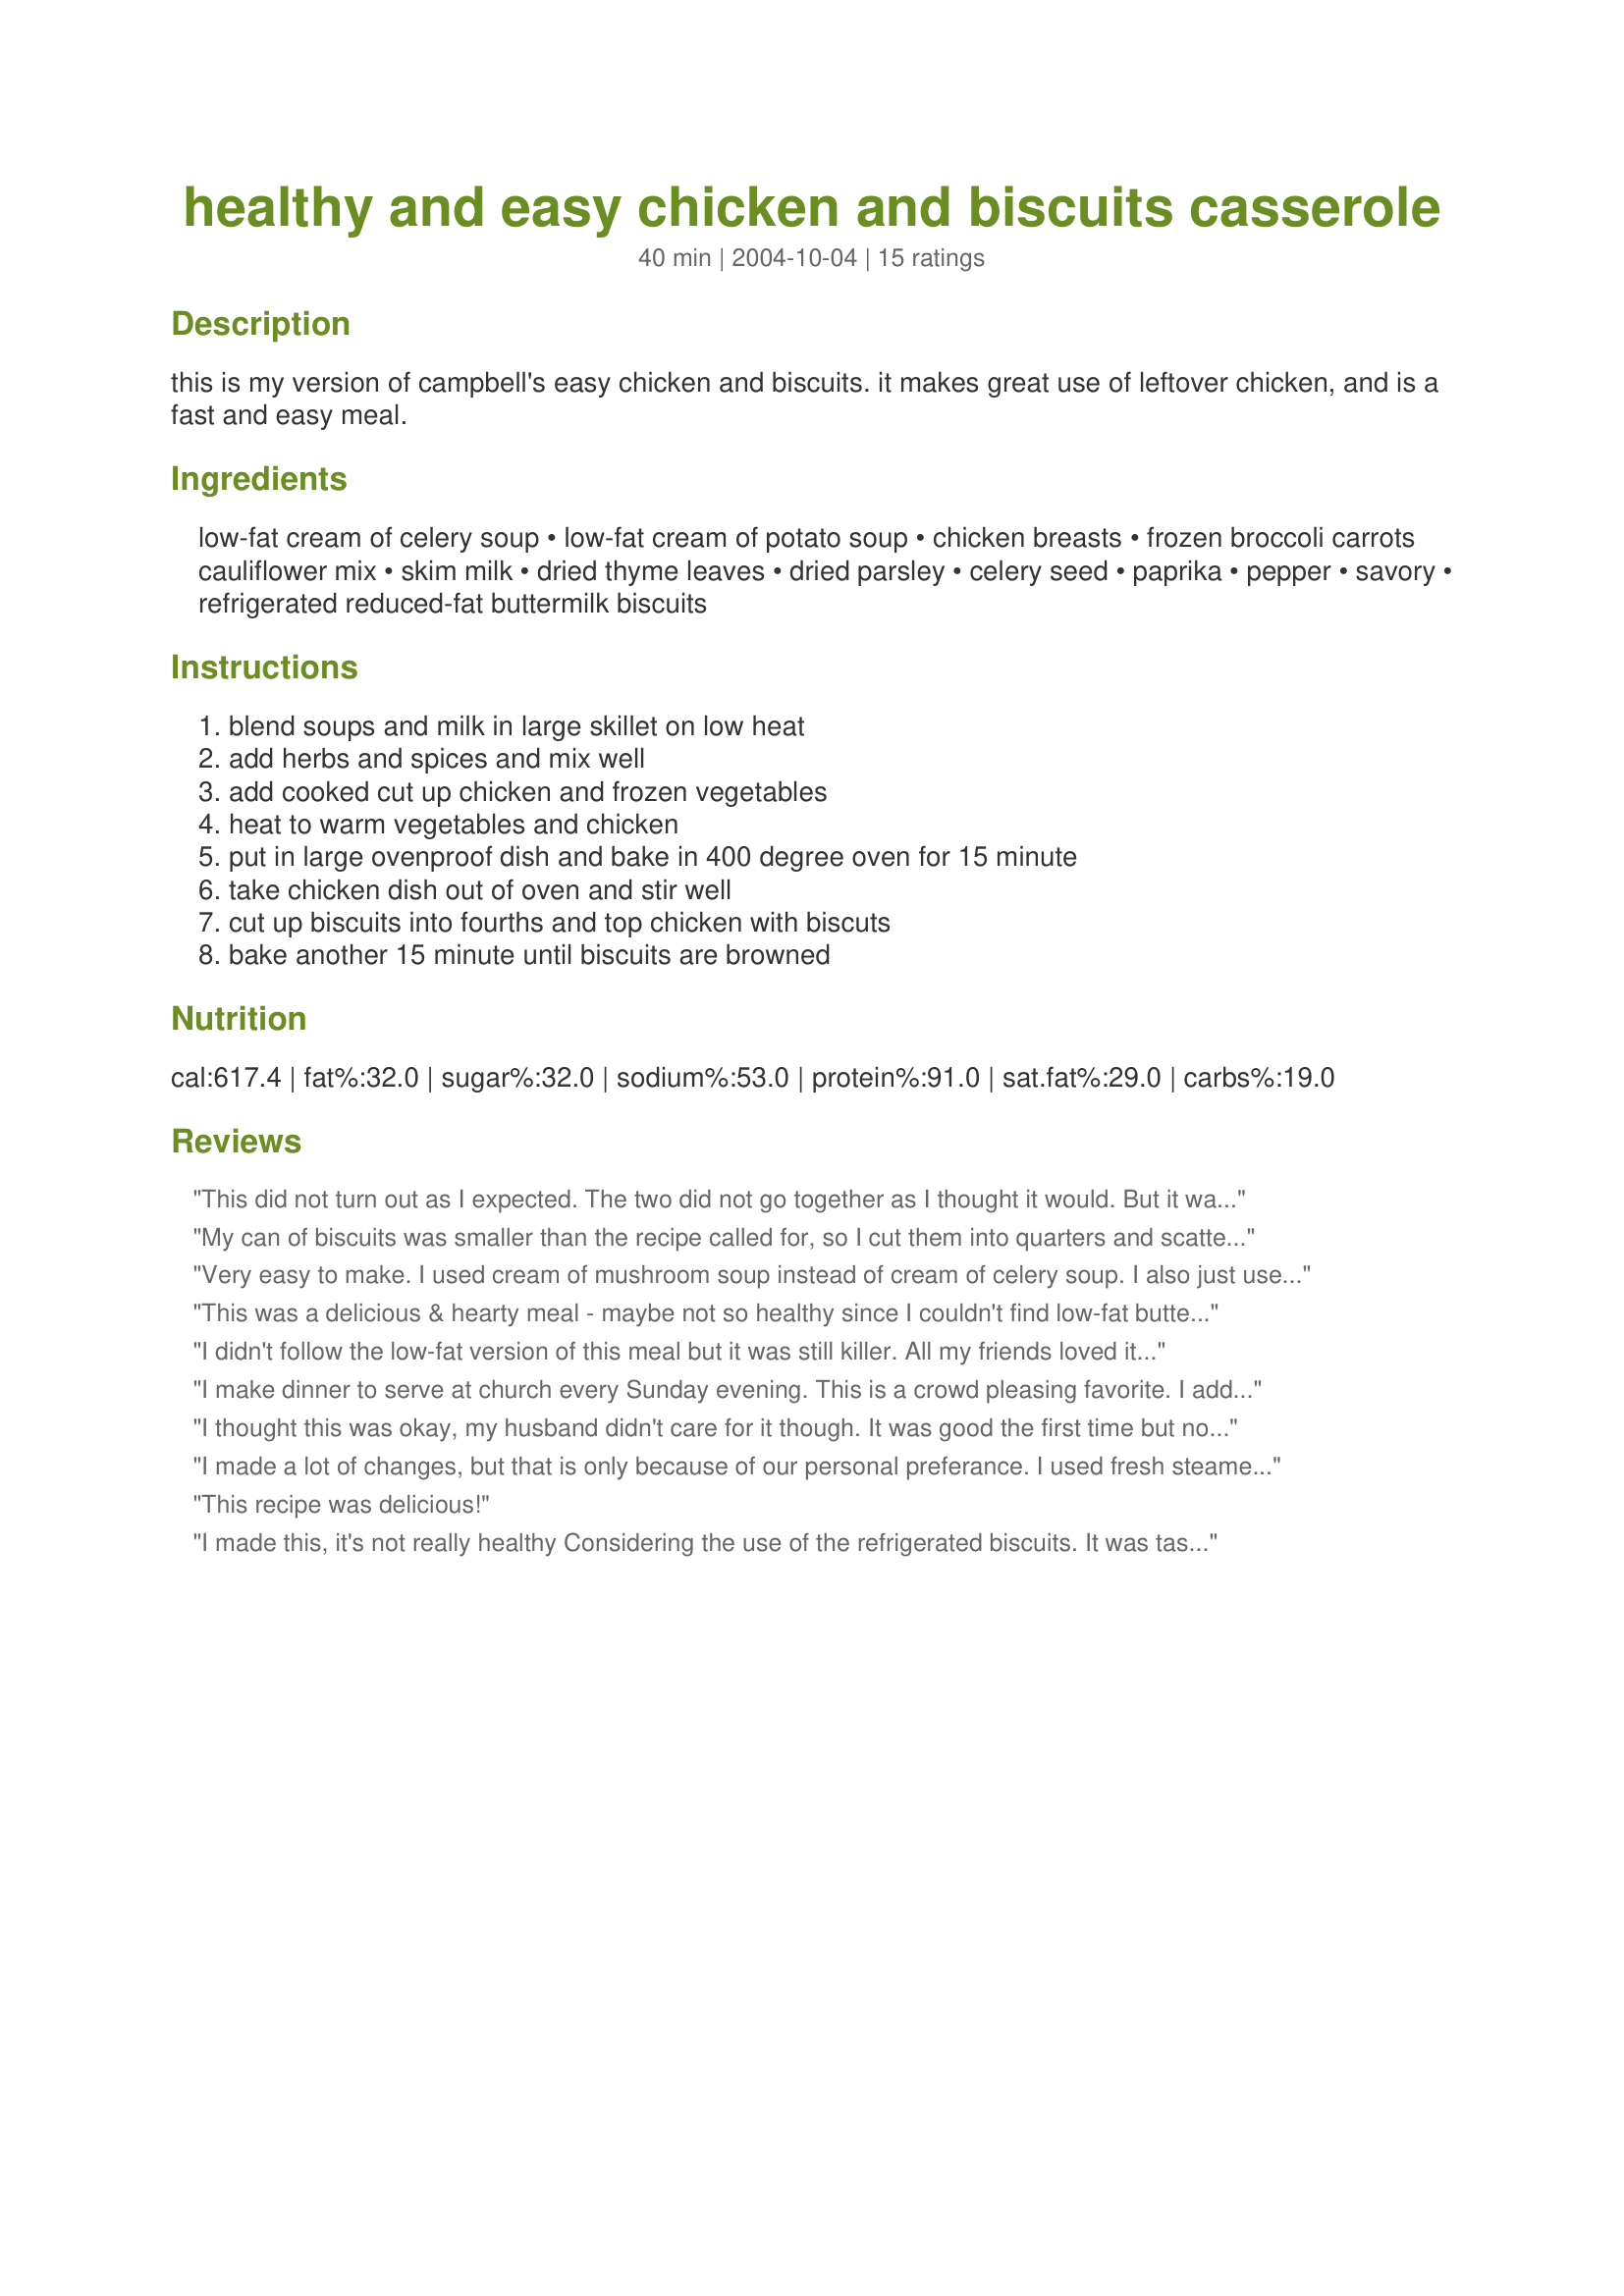
healthy and easy chicken and biscuits casserole
Preparation time: 40 minutes

this is my version of campbell's easy chicken and biscuits. it makes great use of leftover chicken, and is a fast and easy meal.

Ingredients:
low-fat cream of celery soup, low-fat cream of potato soup, chicken breasts, frozen broccoli carrots cauliflower mix, skim milk, dried thyme leaves, dried parsley, celery seed, paprika, pepper, savory, refrigerated reduced-fat buttermilk biscuits

Steps:
blend soups and milk in large skillet on low heat, add herbs and spices and mix well, add cooked cut up chicken and frozen vegetables, heat to warm vegetables and chicken, put in large ovenproof dish and bake in 400 degree oven for 15 minute, take chicken dish out of oven and stir well, cut up biscuits into fourths and top chicken with biscuts, bake another 15 minute until biscuits are browned

Reviews:
This did not turn out as I expected. The two did not go together as I thought it would. But it was still a nice meal, and mostly missing the next day. Thank you!
My can of biscuits was smaller than the recipe called for, so I cut them into quarters and scattered them over top the casserole, which worked out fine. I assembled everything the night before and baked it after work. Overall, we liked this casserole, but my family didn't have much to say about it- it was just "ok" for us, and I'm not sure if I'd make it again. Thanks for sharing this easy recipe.
Very easy to make. I used cream of mushroom soup instead of cream of celery soup. I also just used broccoli without the carrots or cauliflower. It tasted wonderful.
This was a delicious & hearty meal - maybe not so healthy since I couldn't find low-fat buttermilk biscuits & had to use regular country biscuits. I was also quite surprised that my grocery store doesn't carry cream of potato soup - so I subbed cream of broccoli for that with great flavour results. I mixed everything up the night before & refrigerated overnight; when I got home from work the next day, I just popped it in the oven for about 30 minutes while I let the dogs out, checked the mail etc.
I didn't follow the low-fat version of this meal but it was still killer. All my friends loved it. I used cream of mushroom and cream of chicken. I didn't have savory though. I also added fresh carrots, onions, celery, broccoli, and peas instead of the frozen mix. It really made a difference. Only downside was that it gave us all pretty bad gas.
I make dinner to serve at church every Sunday evening. This is a crowd pleasing favorite. I add peas but everything else is identical. This recipe multiplies out easily. Thanks for posting it.
I thought this was okay, my husband didn't care for it though. It was good the first time but not as leftovers. I wouldn't make it again.
I made a lot of changes, but that is only because of our personal preferance. I used fresh steamed broccoli, and peas. I cooked up some macaroni and mixed it in, I also only used cream of mushroom soup because that is all we had. I made the biscuit dough from scratch, but it turned out great anyway. Thank you for the Idea!
This recipe was delicious!
I made this, it's not really healthy Considering the use of the refrigerated biscuits. It was tasty but not healthy at all..I won't make this again.
This is so yummy!! My family LOVED this! I left out the savory, because I didn't have any. I also didn't have any thyme leaves, so I used about 1/8 t. ground thyme. This baked up nice and brown and wonderful! Thanx for such a great healthy recipe!
It tastes like a pot pie. It is very good and was a huge hit at the dinner party! It is easy to make and doesn't take long at all. I will definitely make this again!
This was great & easy. Made a few changes, just b/c I had extra time to cook. Used boneless/skinless chicken thighs & sprinkled them with s&p & celery salt. Browned them in a pan & set them aside, then deglazed the pan w/ some chicken stock. Thew in some frozen peas & carrots & added the spice mix. Let those saute for a bit & then added the soups & milk. I used cream of celery & cream of mushroom w/ roasted garlic. Cut up the chicken & added that in, then proceded with the instructions from there. This was a very yummy dish that I will make again & again. It is very, very versatile as well. Thank you for this!
This was so delicious, my 9yo daughter ate it all and asked for more! I used slightly different spices, but the base of the recipe was perfect like this. I will definitely make this again! Thanks!
Okay, this should be called "healthier" vs. "healthy" (agreed) but I think LEGG meant that using the lower-fat soups and cutting back on the biscuits makes this version better for you than a traditional version. 

With that said, I will probably skip the biscuits next time and try sprinking a breadcrumb mixture ontop instead next time since the biscuits are sooo not good for diabetics...(try 3 tbsp butter or margarine with 1 cup breadcrumbs). And, for those of us who want an even healthier alternative to the condensed soups (lower fat versions still pack a wallup in fat and sodium), try recipe#18157 as a cream-soup alternative...I wanted to try this as-is the first go-around but plan to try the alternative next time.

We actually found it to be tasty but a little on the dry side, so I might be tempted to add more milk or add a bit of chicken broth.
